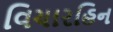
વિચારહિન